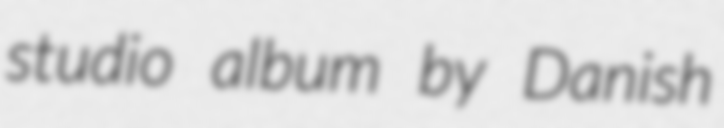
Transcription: studio album by Danish